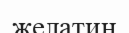
желатин